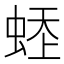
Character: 𧋹